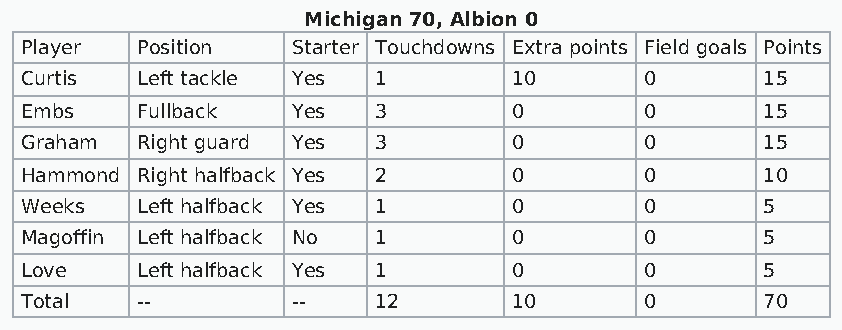
Michigan 70, Albion 0
 Player  Position  Starter Touchdowns Extra points Field goals Points
 Curtis  Left tackle Yes 1        10       0       15
 Embs    Fullback  Yes   3        0        0       15
 Graham  Right guard Yes 3        0        0       15
 Hammond Right halfback Yes 2     0        0       10
 Weeks   Left halfback Yes 1      0        0       5
 Magoffin Left halfback No 1      0        0       5
 Love    Left halfback Yes 1      0        0       5
 Total   --        --    12       10       0       70